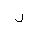
Letter: _lam